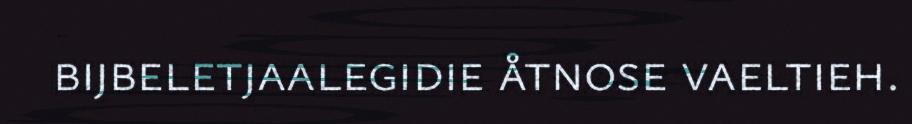
bijbeletjaalegidie åtnose vaeltieh.